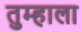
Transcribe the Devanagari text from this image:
तुम्‍हाला